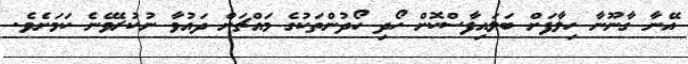
އޭނާ ގާނޫނާ ހިލާފަށް ބަލައިފާސްކޮށް ހޯދި ހޯދުންތަކުގެ މައްޗަށް ދައުވާ ނުކުރެވޭނެ ކަމަށެވެ.